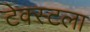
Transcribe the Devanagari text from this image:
टेक्स्टला